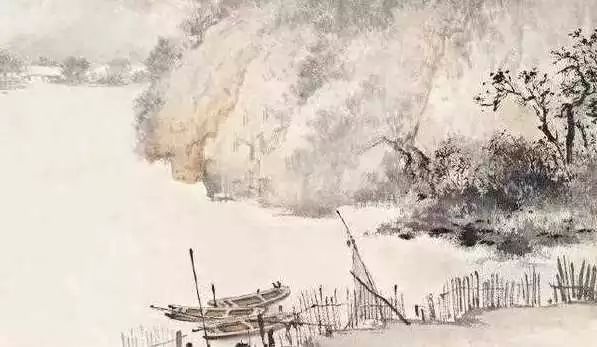
粉骨碎身全不怕，要留清白在人间。